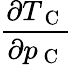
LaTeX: \frac{\partial T_{\mathrm{~C~}}}{\partial p_{\mathrm{~C~}}}